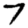
Digit: 7